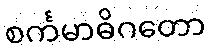
စင်္ကမာဓိဂတော